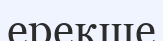
ерекше